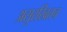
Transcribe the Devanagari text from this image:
असुरखितच